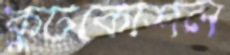
কুটকৌশল